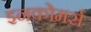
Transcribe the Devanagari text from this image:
इनकोमर्स